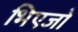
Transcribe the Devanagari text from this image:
भिएजो